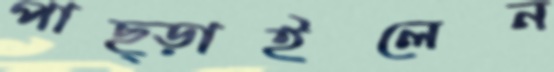
পাছ্‌ড়াইলেন